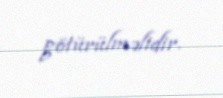
götürülməlidir.